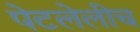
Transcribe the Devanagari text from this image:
पेटलेलीच